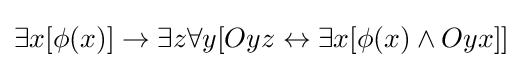
\exists x[\phi (x)]\to \exists z\forall y[Oyz\leftrightarrow \exists x[\phi (x)\land Oyx]]